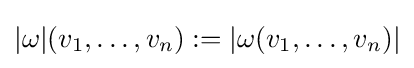
|\omega |(v_{1},\ldots ,v_{n}):=|\omega (v_{1},\ldots ,v_{n})|